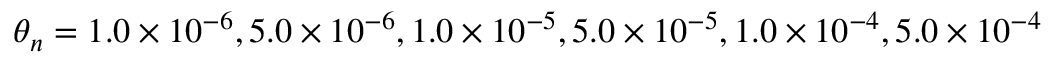
{ { \theta } _ { n } } = 1 . 0 \times { { 1 0 } ^ { - 6 } } , 5 . 0 \times { { 1 0 } ^ { - 6 } } , 1 . 0 \times { { 1 0 } ^ { - 5 } } , 5 . 0 \times { { 1 0 } ^ { - 5 } } , 1 . 0 \times { { 1 0 } ^ { - 4 } } , 5 . 0 \times { { 1 0 } ^ { - 4 } }